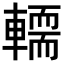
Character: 𨎪